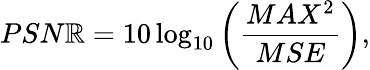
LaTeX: PSN\mathbb{R}=10\log_{10}\left(\frac{{MAX^{2}}}{{MSE}}\right),